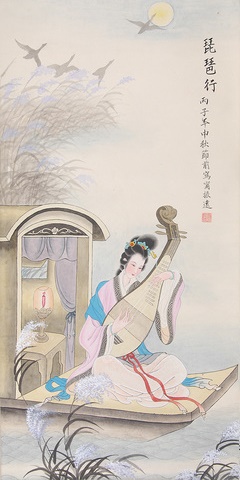
去来江口守空船，绕船月明江水寒。